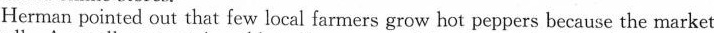
Her man pointed out that few local farmers grow hot peppers because the market